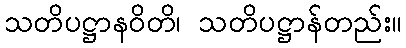
သတိပဋ္ဌာနဝိတိ၊ သတိပဋ္ဌာန်တည်း။